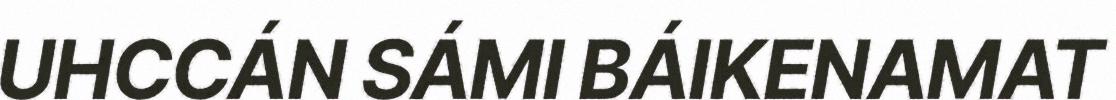
UHCCÁN SÁMI BÁIKENAMAT